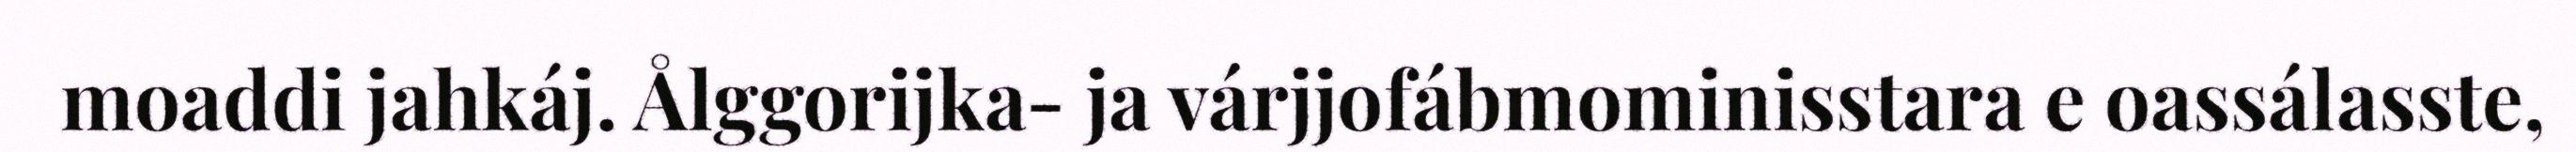
moaddi jahkáj. Ålggorijka- ja várjjofábmominisstara e oassálasste,